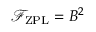
\mathcal { F } _ { \mathrm { Z P L } } = B ^ { 2 }